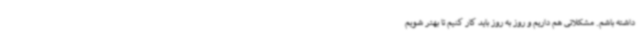
داشته باشم. مشکلاتی هم داریم و روز به روز باید کار کنیم تا بهتر شویم